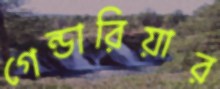
গেন্ডারিয়ার